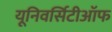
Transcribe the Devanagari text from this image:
यूनिवर्सिटीऑफ